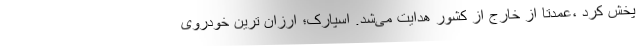
پخش کرد ،‌عمدتا از خارج از کشور هدایت می‌شد. اسپارک؛ ارزان ترین خودروی